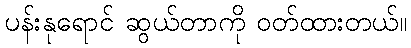
ပန်းနုရောင် ဆွယ်တာကို ဝတ်ထားတယ်။